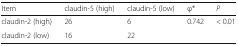
<table><thead><tr><td><b>Item</b></td><td><b>claudin-5 (high)</b></td><td><b>claudin-5 (low)</b></td><td><b>φ*</b></td><td><b><i>P</i></b></td></tr></thead><tbody><tr><td>claudin-2 (high)</td><td>26</td><td>6</td><td>0.742</td><td>&lt; 0.01</td></tr><tr><td>claudin-2 (low)</td><td>16</td><td>22</td><td>[EMPTY_CELL]</td><td>[EMPTY_CELL]</td></tr></tbody></table>